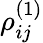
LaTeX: \rho_{ij}^{(1)}